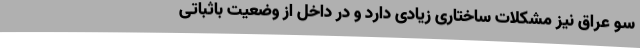
سو عراق نیز مشکلات ساختاری زیادی دارد و در داخل از وضعیت باثباتی